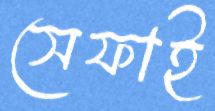
সেফাই